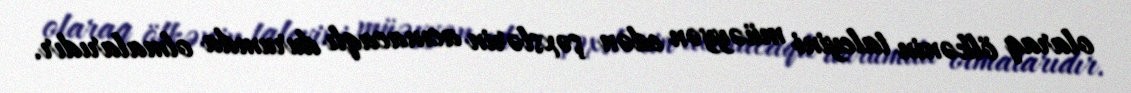
olaraq ölkənin taleyini müəyyən edən şəxslərin acınacaqlı durumda olmalarıdır.